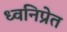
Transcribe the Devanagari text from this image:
ध्वनिप्रेत